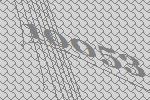
10053